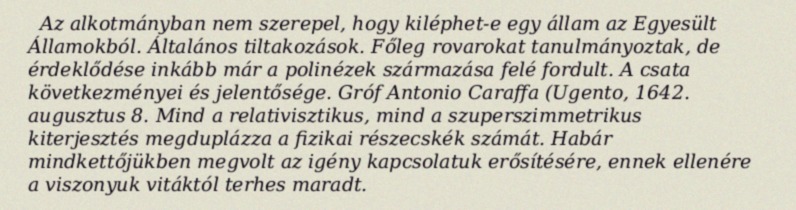
Az alkotmányban nem szerepel, hogy kiléphet-e egy állam az Egyesült Államokból. Általános tiltakozások. Főleg rovarokat tanulmányoztak, de érdeklődése inkább már a polinézek származása felé fordult. A csata következményei és jelentősége. Gróf Antonio Caraffa (Ugento, 1642. augusztus 8. Mind a relativisztikus, mind a szuperszimmetrikus kiterjesztés megduplázza a fizikai részecskék számát. Habár mindkettőjükben megvolt az igény kapcsolatuk erősítésére, ennek ellenére a viszonyuk vitáktól terhes maradt.